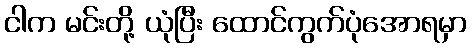
ငါက မင်းတို့ ယုံပြီး ထောင်ကွက်ပုံအောရမှာ